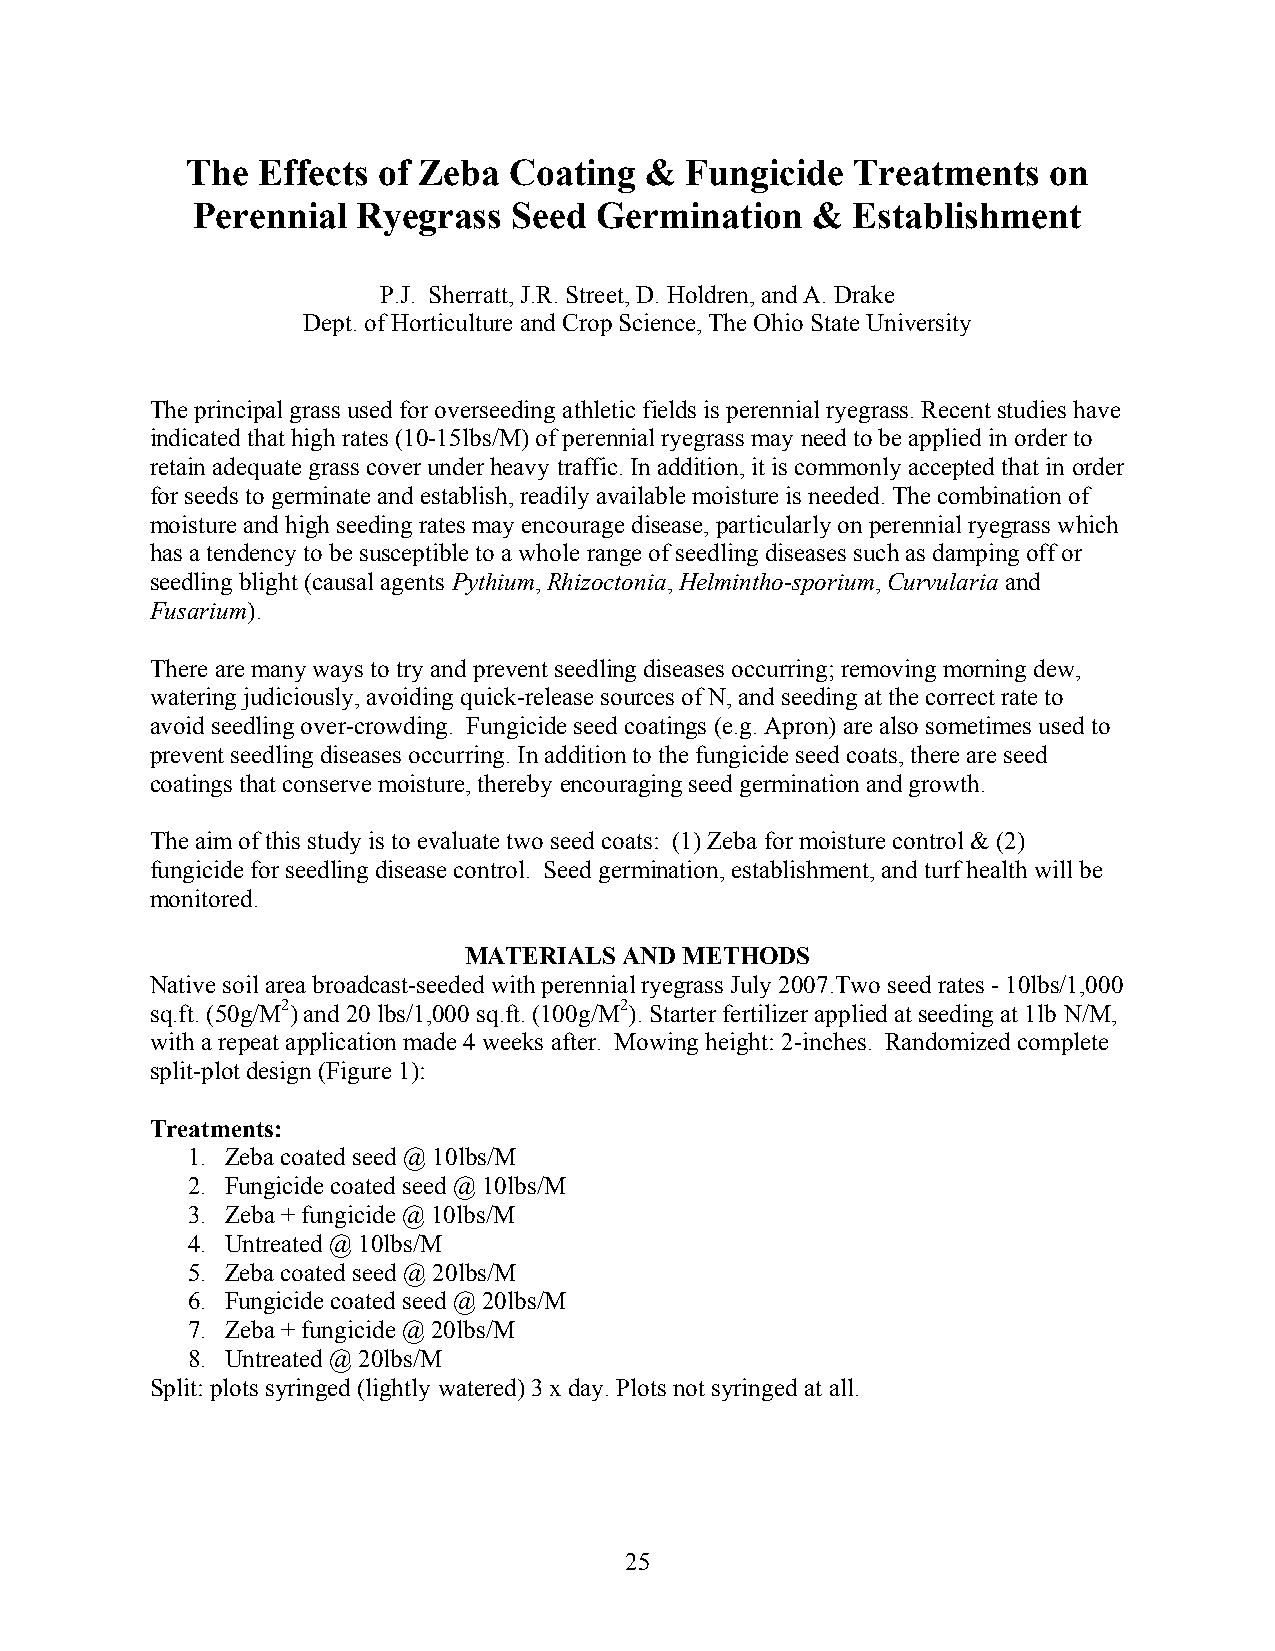
The  Effects of Zeba  Coating  & Fungicide   Treatments  on
 Perennial  Ryegrass  Seed Germination    & Establishment
 P.J. Sherratt, J.R. Street, D. Holdren, and A. Drake
 Dept. of Horticulture and Crop Science, The Ohio State University
 The principal grass used for overseeding athletic fields is perennial ryegrass. Recent studies have
 indicated that high rates (10-15lbs/M) of perennial ryegrass may need to be applied in order to
 retain adequate grass cover under heavy traffic. In addition, it is commonly accepted that in order
 for seeds to germinate and establish, readily available moisture is needed. The combination of
 moisture and high seeding rates may encourage disease, particularly on perennial ryegrass which
 has a tendency to be susceptible to a whole range of seedling diseases such as damping off or
 seedling blight (causal agents Pythium, Rhizoctonia, Helmintho-sporium, Curvularia and
 Fusarium).
 There are many ways to try and prevent seedling diseases occurring; removing morning dew,
 watering judiciously, avoiding quick-release sources of N, and seeding at the correct rate to
 avoid seedling over-crowding. Fungicide seed coatings (e.g. Apron) are also sometimes used to
 prevent seedling diseases occurring. In addition to the fungicide seed coats, there are seed
 coatings that conserve moisture, thereby encouraging seed germination and growth.
 The aim of this study is to evaluate two seed coats: (1) Zeba for moisture control & (2)
 fungicide for seedling disease control. Seed germination, establishment, and turf health will be
 monitored.
 MATERIALS AND METHODS
 Native soil area broadcast-seeded with perennial ryegrass July 2007.Two seed rates - 10lbs/1,000
 sq.ft. (50g/M2) and 20 lbs/1,000 sq.ft. (100g/M2). Starter fertilizer applied at seeding at 1lb N/M,
 with a repeat application made 4 weeks after. Mowing height: 2-inches. Randomized complete
 split-plot design (Figure 1):
 Treatments:
 1. Zeba coated seed @ 10lbs/M
 2. Fungicide coated seed @ 10lbs/M
 3. Zeba + fungicide @ 10lbs/M
 4. Untreated @ 10lbs/M
 5. Zeba coated seed @ 20lbs/M
 6. Fungicide coated seed @ 20lbs/M
 7. Zeba + fungicide @ 20lbs/M
 8. Untreated @ 20lbs/M
 Split: plots syringed (lightly watered) 3 x day. Plots not syringed at all.
 25